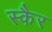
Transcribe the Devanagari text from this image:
स्कैर